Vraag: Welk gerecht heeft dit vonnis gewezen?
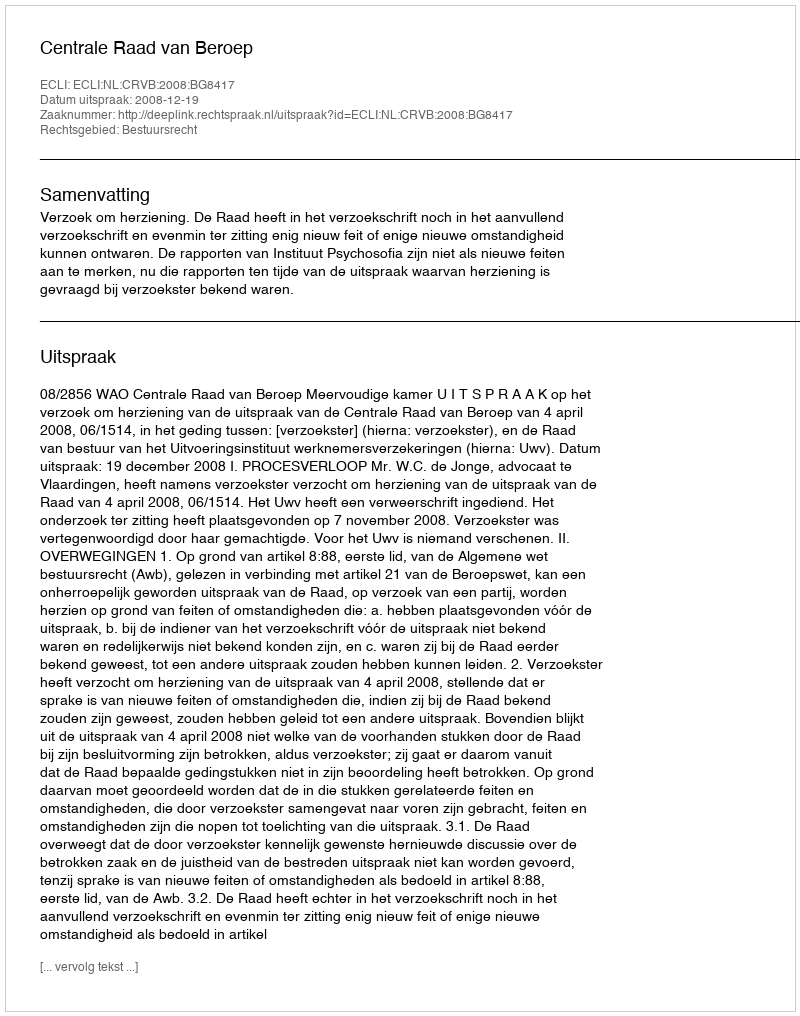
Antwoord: Centrale Raad van Beroep